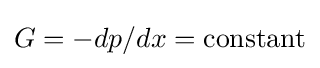
G=-dp/dx=\mathrm {constant}